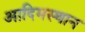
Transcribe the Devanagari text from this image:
आदिमस्थान